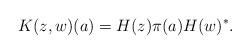
LaTeX: \begin{align*} K(z,w)(a) = H(z) \pi(a) H(w)^*.\end{align*}